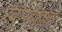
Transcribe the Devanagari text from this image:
स्वप्नदेखता